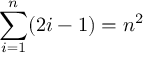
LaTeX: \sum _ { i = 1 } ^ { n } ( 2 i - 1 ) = n ^ { 2 } \qquad